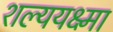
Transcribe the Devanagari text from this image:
शल्ययक्ष्मा